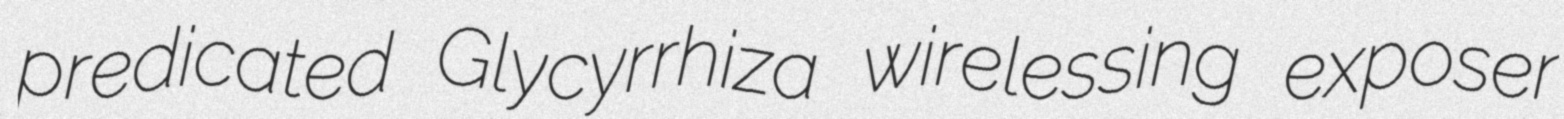
predicated Glycyrrhiza wirelessing exposer